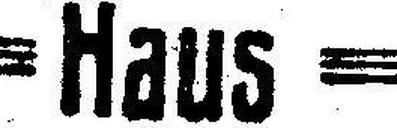
Haus